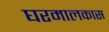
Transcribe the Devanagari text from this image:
घरमालकास